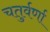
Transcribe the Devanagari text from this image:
चतुर्वर्णा